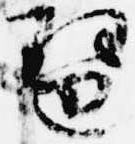
琶